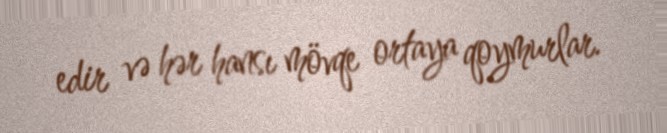
edir və hər hansı mövqe ortaya qoymurlar.